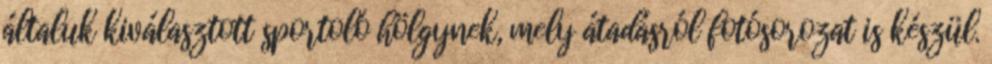
általuk kiválasztott sportoló hölgynek, mely átadásról fotósorozat is készül.